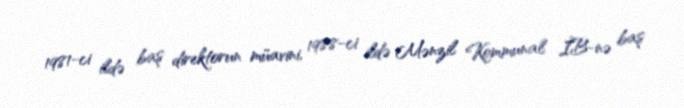
1981-ci ildə baş direktorun müavini, 1988-ci ildə Mənzil Kommunal İB-nə baş